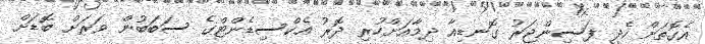
އެގޮތަށް ހެދީ ފަސިންޖަރު ގޮނޑިއާ ދިމާއަށްހުރި ދޮރު އެކްސިޑެންޓްގެ ސަބަބުން ވަރަށް ބޮޑަށް